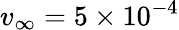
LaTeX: v_{\infty}=5\times 10^{-4}